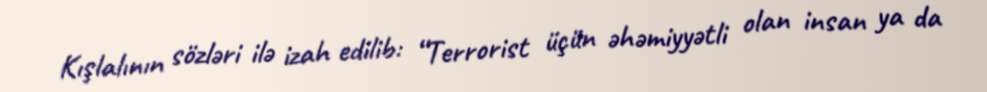
Kışlalının sözləri ilə izah edilib: “Terrorist üçün əhəmiyyətli olan insan ya da